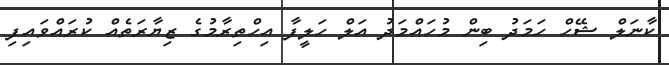
ކާނަލް ޝޭހް ހަމަދު ބިން މުހައްމަދު އަލް ހަލީފާ އިހްތިރާމުގެ ޒިޔާރަތެއް ކުރައްވައިފި